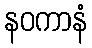
နဝကာနံ